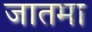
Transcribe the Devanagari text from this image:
जातमा